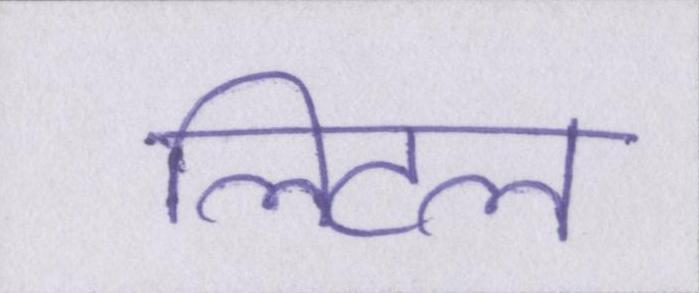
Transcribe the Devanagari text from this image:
लिटल